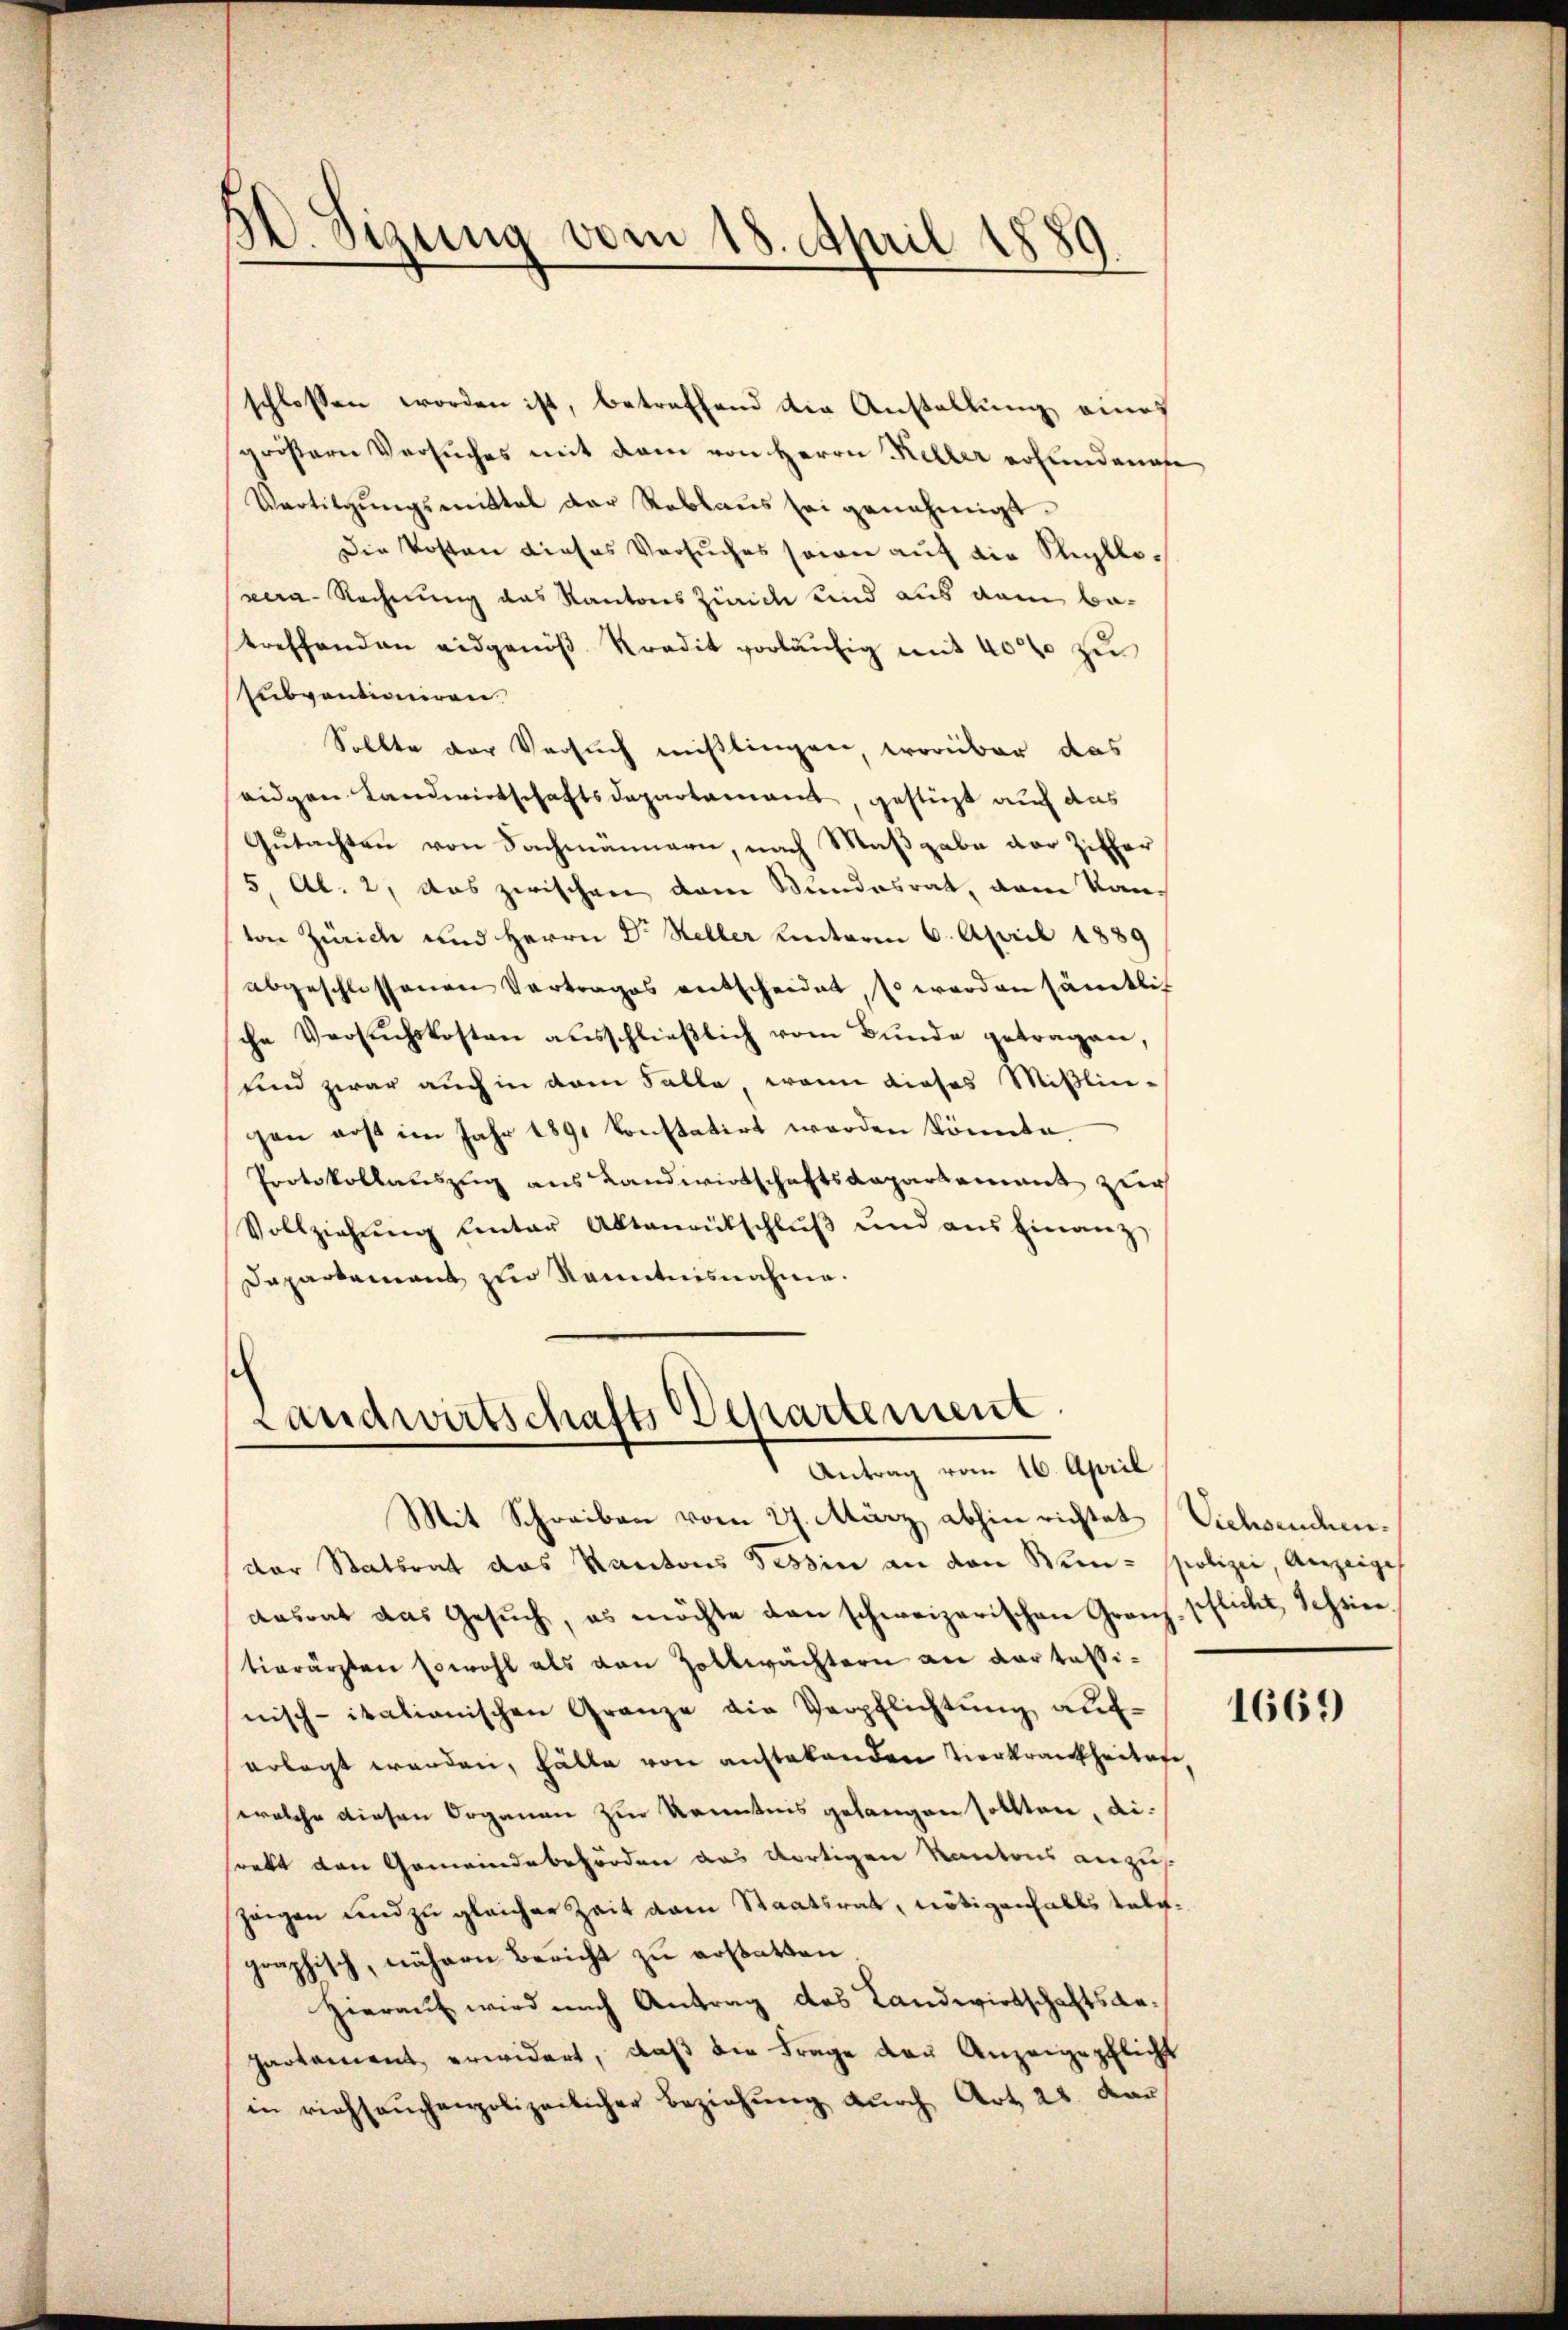
20. Sigung vom 18. April 1889

schlossen worden ist, betreffend der Anstellung eines
größern Versuches mit dem von Herrn Keller erfundenes
Vartigŭngsmittal der Reblaŭs sei genehmigt.
Die Kosten dieses Versuches sein auf die Steylloera-Rechnung das Kantons Zürich sind aus dem betreffenden eidgenöβ Kredit vorläŭfig mit 400 zu
subventioniren.
Sollte der Versuch mißlingen, worüber das
seigen Landwirtschaftsdepartamant, gestüzt auf das
Gutachten von Fachmännern, nach Maßgabe der Ziffer
5, Al. 2, das zwischen dem Stundesrat, vom Kanvon Zürich und Herrn Dr Heller hinterm 6. April 1889
abgeschlossenen Vortrages entscheidet, so werden sämtlich
che Versuchskosten ausschließlich vom Bunde getragen,
sind zwar auch in dem Falle, wenn dieses Mittlin-
gen aus im Jahr 1891 konstatirt werden könnte.
Protokollauszug aus Landwirtschaftsdepartement zur
Vollziehŭng Centar Altanentschlŭβ ŭnd aus hinanz
Dapartement zur Kenntnisnahme.

Landwirtschafts Departement
Antrag vom 16. April
Mit Schreiben vom 27. März abhin richtet Viehseuchen¬

der Staatsrat das Kantons Tessin an den Wein- Polizei, Anzeige
desrat das Gesŭch, es möchte dan schweizerischen Granz-Pflicht Schrietierärzten sowohl als von Zollwächtern an dortassinisch-italianischen Granze die Verpflichtung auf-
erlegt werden, hätte von austehenden Verkrankheiten
welche diesen Organen zur Kenntnis gelangen sollten, die
srekt den Gemeindebehörden aus dortigen Kantons anzus
hangen und zu gleicher Zeit vom Staatsrat, nötigenfalls telegraphisch, nähern Bericht zŭ erstatten.
Hierauf wird nach Antrag das Landwirtschaftsanpartement erwidert, daß die Frage der Anzeigepflicht
in richsaŭchenpolizeilicher Beziehŭng dŭrch Art. 22. Lan

1669